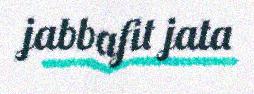
jabbafit jata